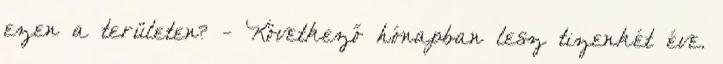
ezen a területen? - Következő hónapban lesz tizenkét éve.